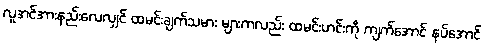
လူအင်အားနည်းလေလျှင် ထမင်းချက်သမား များကလည်း ထမင်းဟင်းကို ကျက်အောင် နပ်အောင်